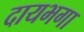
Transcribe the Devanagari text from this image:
दायभगा